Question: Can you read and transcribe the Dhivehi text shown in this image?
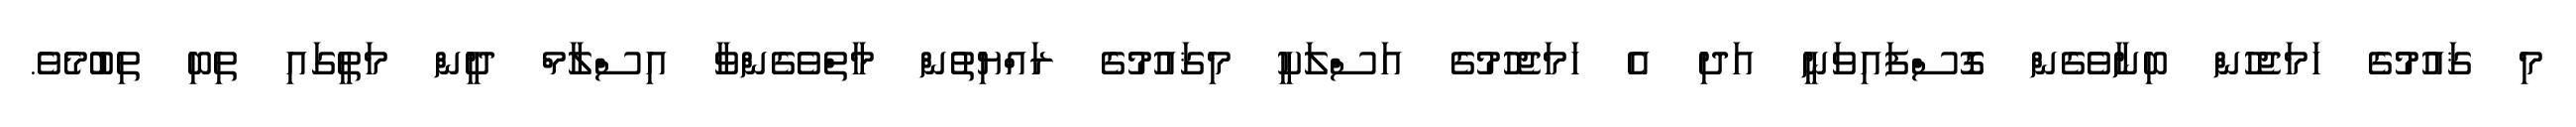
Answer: މި ޤައުމުގެ ހަމަޖެހުން ބިނާވެގެން ގޮސްފައިވަނީ އަދި އެ ހަމަޖެހުމުގެ އަސްލަކީ މިޤައުމުގެ ރައްޔިތުން މާތްވެގެންވާ އިސްލާމް ދީން މަތީގައި ތިބި ތިބުމެވެ.